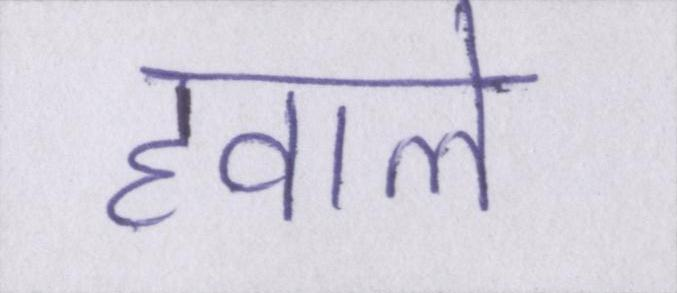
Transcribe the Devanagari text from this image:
हवाले